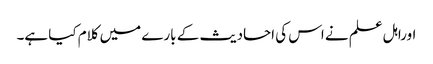
اوراہل علم نے اس کی احادیث کے بارے میں کلام کیا ہے۔